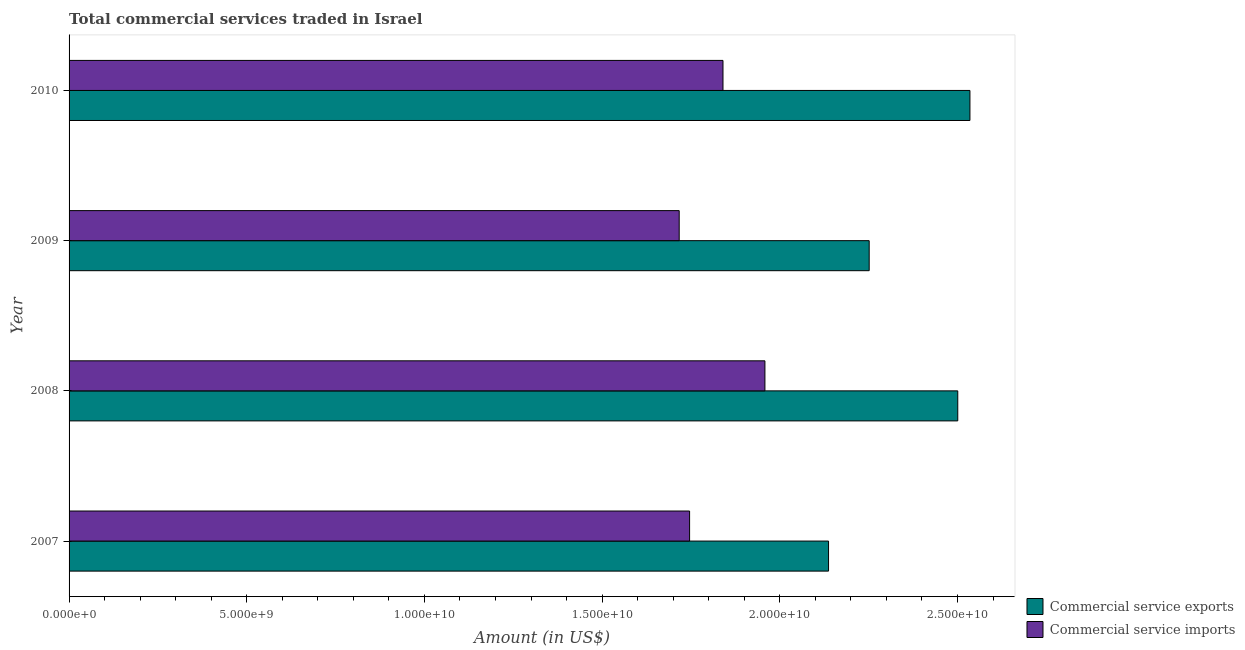
| Year | Commercial service exports | Commercial service imports |
 | --- | --- | --- |
 | 2007 | 2.14e+10 | 1.75e+10 |
 | 2008 | 2.5e+10 | 1.96e+10 |
 | 2009 | 2.25e+10 | 1.72e+10 |
 | 2010 | 2.54e+10 | 1.84e+10 |